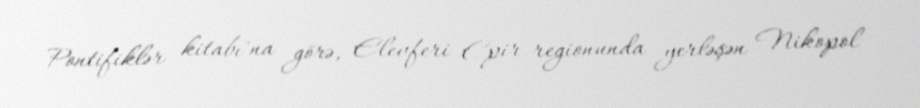
Pontifiklər kitabı"na görə, Elevferi Epir regionunda yerləşən Nikopol